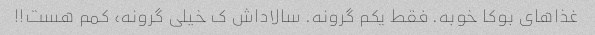
غذاهای بوکا خوبه. فقط یکم گرونه. سالاداش ک خیلی گرونه، کمم هست!!